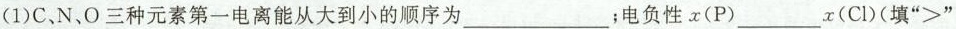
(1)C，N，O三种元素第一电离能从大到小的顺序为___；电负性x(P)___x(Cl(填”>”